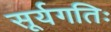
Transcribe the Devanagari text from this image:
सूर्यगतिः